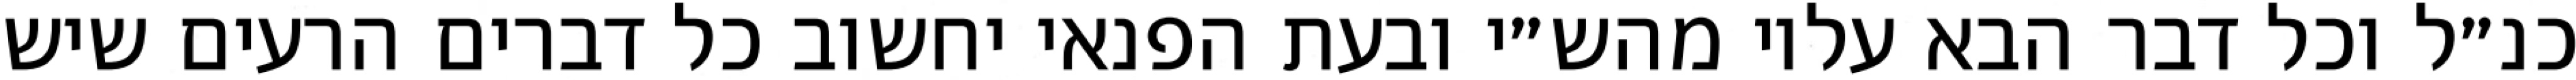
כנ״ל וכל דבר הבא עליו מהש״י ובעת הפנאי יחשוב כל דברים הרעים שיש